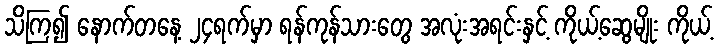
သိကြ၍ နောက်တနေ့ ၂၄ရက်မှာ ရန်ကုန်သားတွေ အလုံးအရင်းနှင့် ကိုယ့်ဆွေမျိုး ကိုယ့်